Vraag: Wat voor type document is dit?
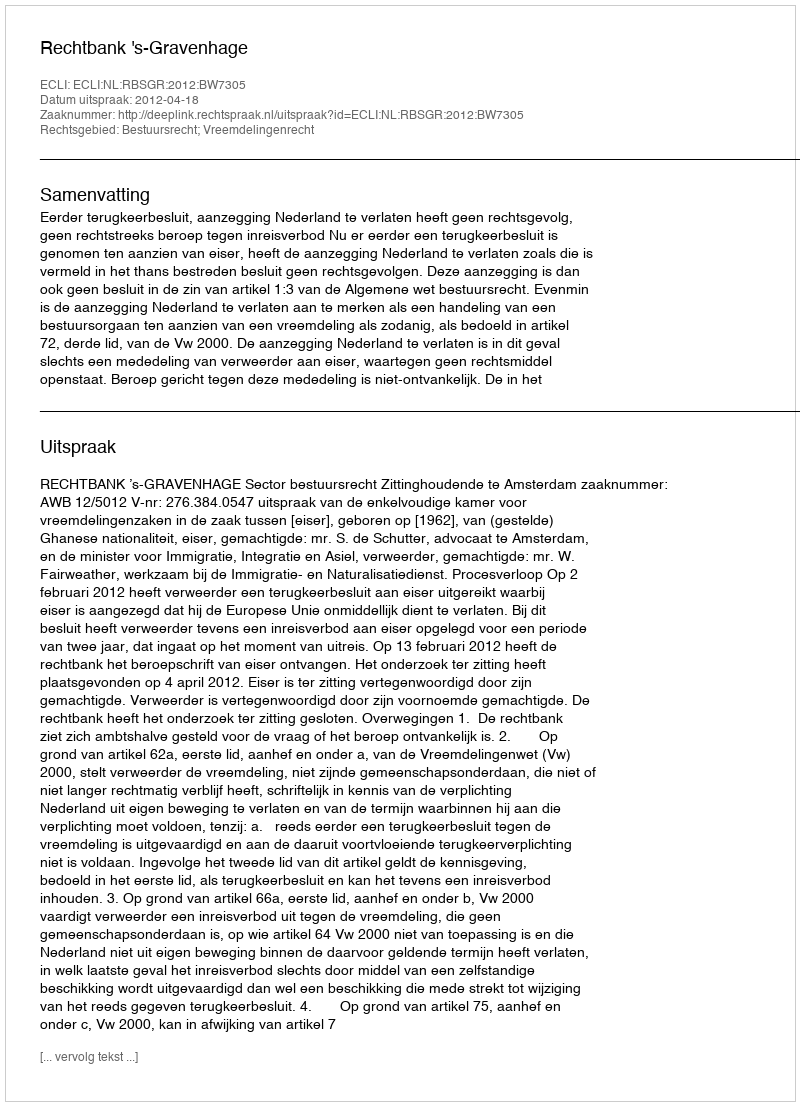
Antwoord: Uitspraak